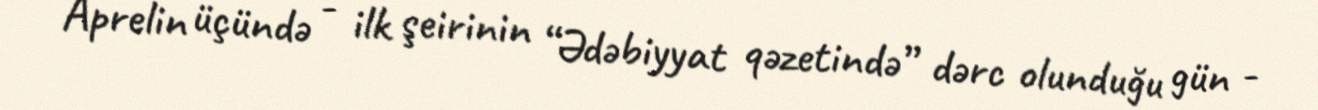
Aprelin üçündə - ilk şeirinin “Ədəbiyyat qəzetində” dərc olunduğu gün -